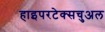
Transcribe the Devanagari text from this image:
हाइपरटेक्सचुअल